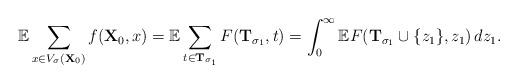
LaTeX: \begin{align*}\mathbb{E} \sum_{x \in V_{\sigma} (\mathbf{X}_0)} f(\mathbf{X}_0, x) = \mathbb{E} \sum_{t\in \mathbf{T}_{\sigma_1}} F(\mathbf{T}_{\sigma_1}, t)=\int_0^\infty \mathbb{E} F(\mathbf{T}_{\sigma_1}\cup \{z_1\}, z_1) \, dz_1.\end{align*}